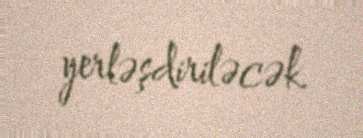
yerləşdiriləcək.